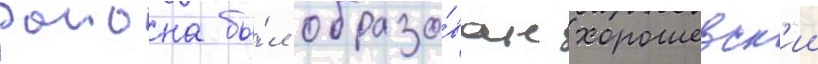
раиона бы́л образо́ван хорошевск'ии